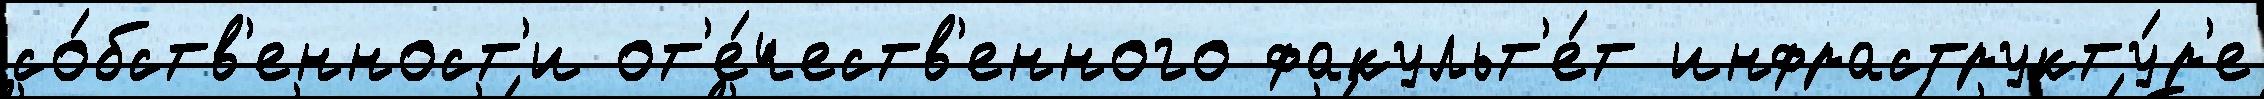
со́бств'енност'и от'е́честв'енного факульт'е́т инфраструкту́р'е